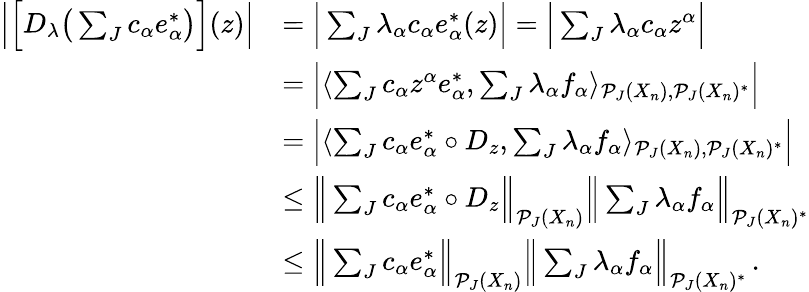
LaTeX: \begin{array}{rl}{\Big|\Big[D_{\lambda}\big(\sum_{J}c_{\alpha}e_{\alpha}^{*}\big)\Big](z)\Big|}&{=\Big|\sum_{J}\lambda_{\alpha}c_{\alpha}e_{\alpha}^{*}(z)\Big|=\Big|\sum_{J}\lambda_{\alpha}c_{\alpha}z^{\alpha}\Big|}\\ &{=\Big|\langle\sum_{J}c_{\alpha}z^{\alpha}e_{\alpha}^{*},\sum_{J}\lambda_{\alpha}f_{\alpha}\rangle_{\mathcal{P}_{J}(X_{n}),\mathcal{P}_{J}(X_{n})^{*}}\Big|}\\ &{=\Big|\langle\sum_{J}c_{\alpha}e_{\alpha}^{*}\circ D_{z},\sum_{J}\lambda_{\alpha}f_{\alpha}\rangle_{\mathcal{P}_{J}(X_{n}),\mathcal{P}_{J}(X_{n})^{*}}\Big|}\\ &{\leq\Big\| \sum_{J}c_{\alpha}e_{\alpha}^{*}\circ D_{z}\Big\| _{\mathcal{P}_{J}(X_{n})}\Big\| \sum_{J}\lambda_{\alpha}f_{\alpha}\Big\| _{\mathcal{P}_{J}(X_{n})^{*}}}\\ &{\leq\Big\| \sum_{J}c_{\alpha}e_{\alpha}^{*}\Big\| _{\mathcal{P}_{J}(X_{n})}\Big\| \sum_{J}\lambda_{\alpha}f_{\alpha}\Big\| _{\mathcal{P}_{J}(X_{n})^{*}}\, .}\end{array}